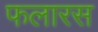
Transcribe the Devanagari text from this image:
फलारस